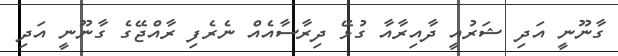
ގާނޫނީ އަދި ޝަރުއީ ދާއިރާއާ ގުޅޭ ދިރާސާއެއް ނެރެފި ރާއްޖޭގެ ގާނޫނީ އަދި